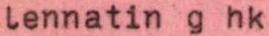
lennatin g hk